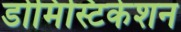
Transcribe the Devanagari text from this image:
डोमिस्टिकेशन